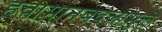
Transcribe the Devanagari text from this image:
हवामानबदलामुळे